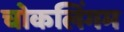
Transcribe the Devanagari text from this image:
चोकलिंगम